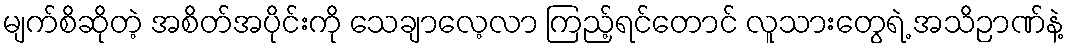
မျက်စိဆိုတဲ့ အစိတ်အပိုင်းကို သေချာလေ့လာ ကြည့်ရင်တောင် လူသားတွေရဲ့ အသိဉာဏ်နဲ့